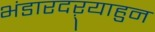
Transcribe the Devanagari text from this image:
भंडारदऱ्याहुन